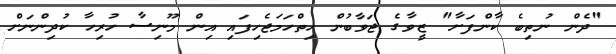
"ދެން ނުތިބެ ކާންފަށާ" ޒީވާގެ ޖަވާބުން ހިތްހަމަޖެހިފައި އިން މޫނިސާ ހުރިހާ ކުދިންނަށް